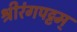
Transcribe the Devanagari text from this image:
श्रीरंगपट्टम्